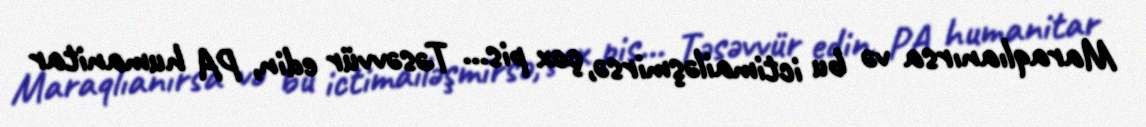
Maraqlıanırsa və bu ictimailəşmirsə, çox pis… Təsəvvür edin, PA humanitar